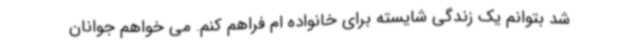
شد بتوانم یک زندگی شایسته برای خانواده ام فراهم کنم. می خواهم جوانان